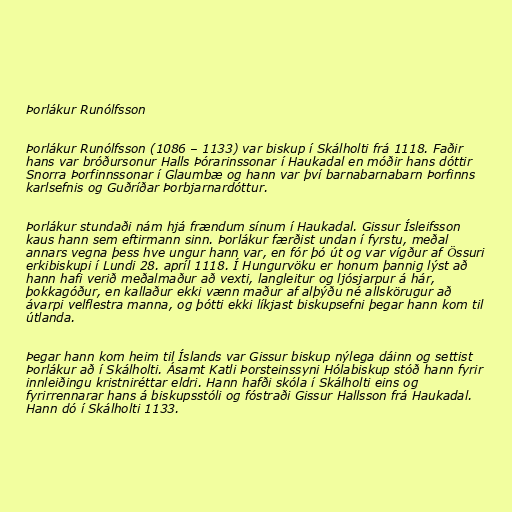
Þorlákur Runólfsson

Þorlákur Runólfsson (1086 – 1133) var biskup í Skálholti frá 1118. Faðir
hans var bróðursonur Halls Þórarinssonar í Haukadal en móðir hans dóttir
Snorra Þorfinnssonar í Glaumbæ og hann var því barnabarnabarn Þorfinns
karlsefnis og Guðríðar Þorbjarnardóttur.

Þorlákur stundaði nám hjá frændum sínum í Haukadal. Gissur Ísleifsson
kaus hann sem eftirmann sinn. Þorlákur færðist undan í fyrstu, meðal
annars vegna þess hve ungur hann var, en fór þó út og var vígður af Össuri
erkibiskupi í Lundi 28. apríl 1118. Í Hungurvöku er honum þannig lýst að
hann hafi verið meðalmaður að vexti, langleitur og ljósjarpur á hár,
þokkagóður, en kallaður ekki vænn maður af alþýðu né allskörugur að
ávarpi velflestra manna, og þótti ekki líkjast biskupsefni þegar hann kom til
útlanda.

Þegar hann kom heim til Íslands var Gissur biskup nýlega dáinn og settist
Þorlákur að í Skálholti. Ásamt Katli Þorsteinssyni Hólabiskup stóð hann fyrir
innleiðingu kristniréttar eldri. Hann hafði skóla í Skálholti eins og
fyrirrennarar hans á biskupsstóli og fóstraði Gissur Hallsson frá Haukadal.
Hann dó í Skálholti 1133.